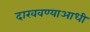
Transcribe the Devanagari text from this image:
दाखवण्याआधी